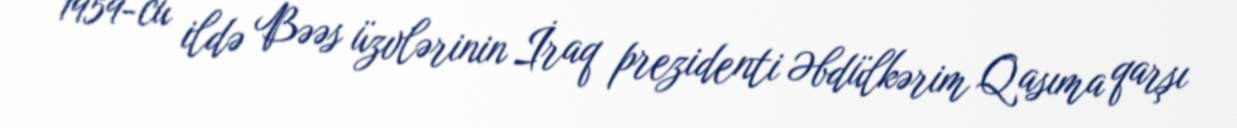
1959-cu ildə Bəəs üzvlərinin İraq prezidenti Əbdülkərim Qasıma qarşı